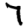
Digit: 7